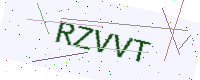
Text: RZVVT